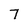
Character: 7